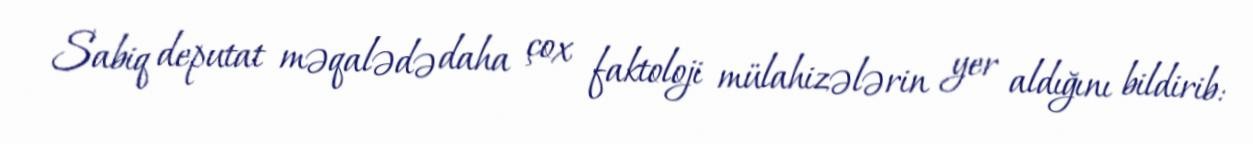
Sabiq deputat məqalədə daha çox faktoloji mülahizələrin yer aldığını bildirib: